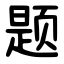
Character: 题